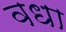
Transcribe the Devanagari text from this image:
वधा